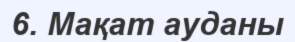
6. Мақат ауданы